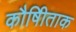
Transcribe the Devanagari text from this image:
कौषीिताक